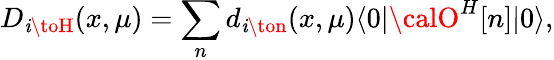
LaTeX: D_{\mathit{i}\toH}(x,\mu)=\sum_{n}d_{\mathit{i}\ton}(x,\mu)\langle0|{\calO}^{H}[n]|0\rangle,